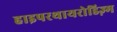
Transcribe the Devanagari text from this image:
हाइपरथायरोडिज़्म